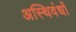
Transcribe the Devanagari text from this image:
अस्थिवंधों